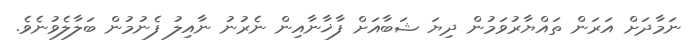
ނަމާދަށް އަރަން ތައްޔާރުވަމުން ދިޔަ ޝަބާއަށް ފާޚާނާއިން ނެރުނު ނާއިލު ފެނުމުން ބަލާލެވުނެވެ.